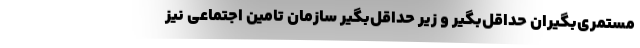
مستمری‌بگیران حداقل‌بگیر و زیر حداقل‌بگیر سازمان تامین اجتماعی نیز